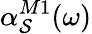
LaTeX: \alpha_{\mathcal{S}}^{M1}(\omega)